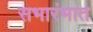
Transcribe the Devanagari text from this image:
सभारंभात